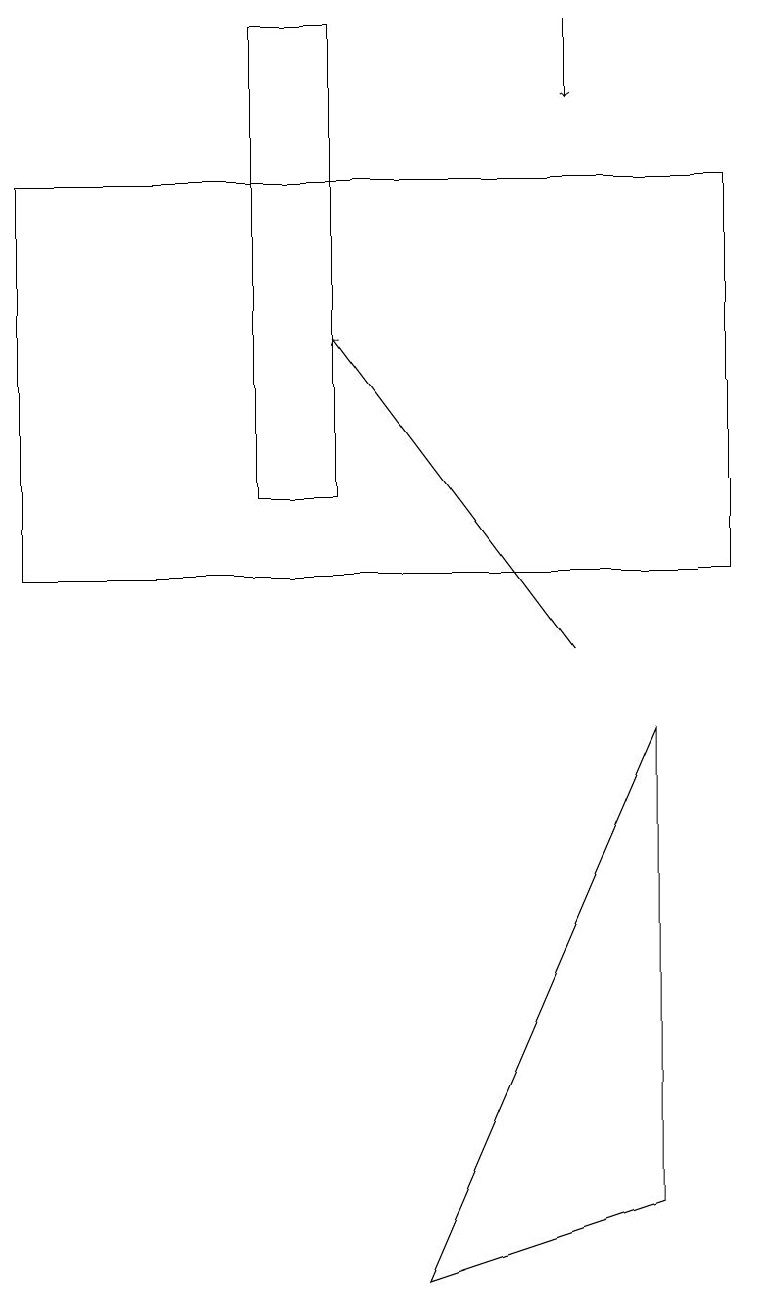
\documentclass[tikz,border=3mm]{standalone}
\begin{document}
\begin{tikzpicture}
\draw[->] (7,18) -- (7,17);
\draw (0,12) rectangle (0,15);
\draw (8,9) -- (5,2) -- (8,3) -- cycle;
\draw[->] (7,10) -- (4,14);
\draw (3,12) rectangle (4,18);
\draw (9,16) rectangle (0,11);
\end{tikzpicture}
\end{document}